Medical and sanitary report of the native army of Madras for the year
Year: 1876
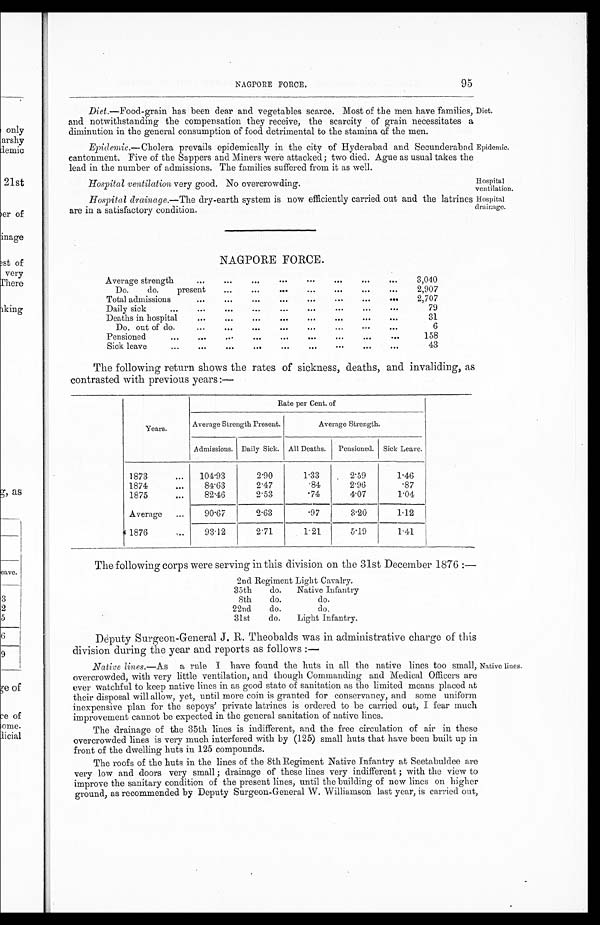
Hospital ventilation very good. No overcrowding.
Hospital
ventilation.
NAGPORE FORCE. 95
Diet.—Food-grain has been dear and vegetables scarce. Most of the men have families,
and notwithstanding the compensation they receive, the scarcity of grain necessitates a
diminution in the general consumption of food detrimental to the stamina of the men.
Epidemic.—Cholera prevails epidemically in the city of Hyderabad and Secunderabad
cantonment. Five of the Sappers and Miners were attacked; two died. Ague as usual takes the
lead in the number of admissions. The families suffered from it as well.
Diet.
Epidemic.
Hospital drainage.—The dry-earth system is now efficiently carried out and the latrines
are in a satisfactory condition.
Hospital
drainage.
NAGPORE FORCE.
Average strength
... ... ... ... ... ... ...
...
3,040
Do.
do.
present
... ... ... ...
...
2,907
Total admissions
... ... ... ... ... ...
2,707
Daily sick
...
... ... ... ... ... ... ...
79
Deaths in hospital
...
...
...
... ... ... ...
31
Do. out of do.
... ... ... ... ...
... ...
...
6
Pensioned
...
...
...
...
... ... ...
158
Sick leave
... ... ... ... ... ... ... ...
43
The following return shows the rates of sickness, deaths, and invaliding, as
contrasted with previous years:—
Years.
Rate per Cent. of
Average Strength Present.
Average Strength.
Admissions. Daily Sick. All Deaths. Pensioned. Sick Leave.
1873
...
104.93
2.90
1.33
2.59
1.46
1874
...
84.63
2.47
.84
2.96
.87
1875
...
82.46
2.53
.74
4.07
1.04
Average
...
90.67
2.63
.97
3.20
1.12
1876
...
93.12
2.71
1.21
5.19
1.41
The following corps were serving in this division on the 31st December 1876 :
—
2nd Regiment Light Cavalry.
35th
do.
Native Infantry
8th
do.
do.
22nd
do.
do.
31st
do.
Light Infantry.
Dèputy Surgeon-General J. R. Theobalds was in administrative charge of this
division during the year and reports as follows :—
Native lines. —As a rule I have found the huts in all the native lines too small,
overcrowded, with very little ventilation, and though Commanding and Medical Officers are
ever watchful to keep native lines in as good state of sanitation as the limited means placed at
their disposal will allow, yet, until more coin is granted for conservancy, and some uniform
inexpensive plan for the sepoys’ private latrines is ordered to be carried out, I fear much
improvement cannot be expected in the general sanitation of native lines.
The drainage of the 35th lines is indifferent, and the free circulation of air in these
overcrowded lines is very much interfered with by (125) small huts that have been built up in
front of the dwelling huts in 125 compounds.
The roofs of the huts in the lines of the 8th Regiment Native Infantry at Seetabuldee are
very low and doors very small ; drainage of these lines very indifferent ; with the view to
improve the sanitary condition of the present lines, until the building of new lines on higher
ground, as recommended by Deputy Surgeon-General W. Williamson last year, is carried out,
Native lines.